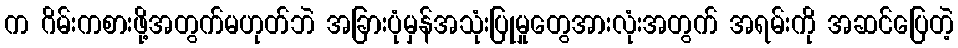
က ဂိမ်းကစားဖို့အတွက်မဟုတ်ဘဲ အခြားပုံမှန်အသုံးပြုမှုတွေအားလုံးအတွက် အရမ်းကို အဆင်ပြေတဲ့